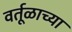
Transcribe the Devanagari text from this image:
वर्तूळाच्या